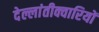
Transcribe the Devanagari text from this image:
देल्लांतीक्वारियों